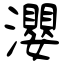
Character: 瀴